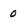
Character: 0